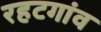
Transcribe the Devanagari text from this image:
रहटगांव